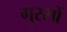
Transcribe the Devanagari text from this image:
गुरसों